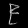
Digit: ၉